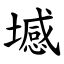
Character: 㙳